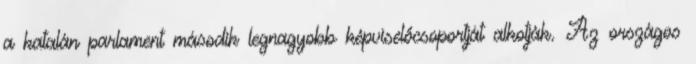
a katalán parlament második legnagyobb képviselőcsoportját alkotják. Az országos